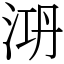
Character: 㳩